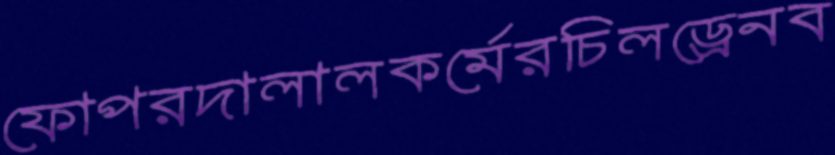
ফোপরদালালকর্মেরচিলড্রেনব